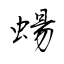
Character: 蝪